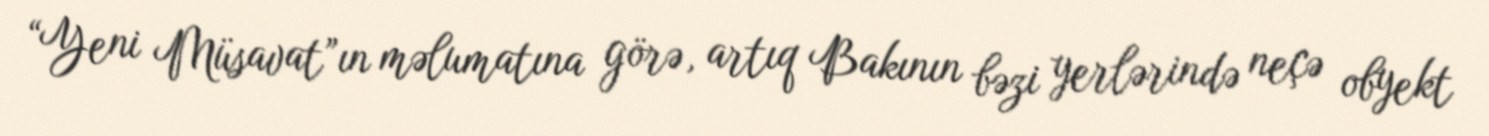
“Yeni Müsavat”ın məlumatına görə, artıq Bakının bəzi yerlərində neçə obyekt